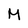
Character: M